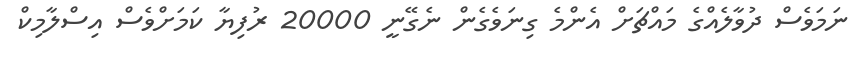
ނަމަވެސް ދުވާލެއްގެ މައްޗަށް އެންމެ ގިނަވެގެން ނެގޭނީ 20000 ރުފިޔާ ކަމަށްވެސް އިސްލާމިކް